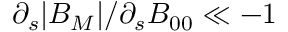
\partial _ { s } | B _ { M } | / \partial _ { s } B _ { 0 0 } \ll - 1